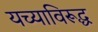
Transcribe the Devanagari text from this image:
यच्याविरूद्ध